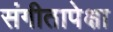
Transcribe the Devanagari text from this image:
संगीतापेक्षा